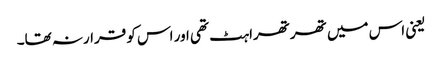
یعنی اس میں تھرتھراہٹ تھی اور اس کو قرارنہ تھا۔